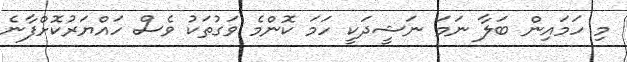
މި ހަމައިން ބަލާ ނަމަ ނަޝީދަކީ ހަމަ ކޮންމެ ވަގުތަކު ވެސް ހައްޔަރުކޮށްފާނެ